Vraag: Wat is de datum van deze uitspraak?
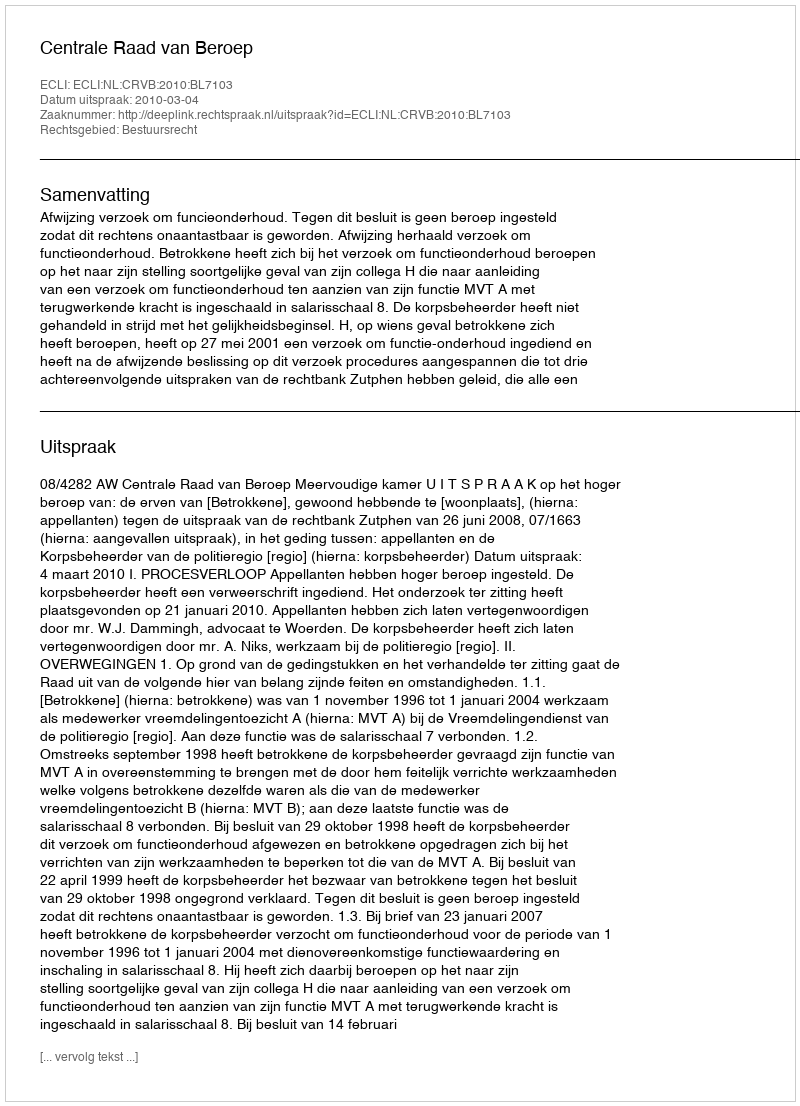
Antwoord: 2010-03-04